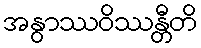
အနွာဿဝိဿန္တီတိ